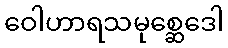
ဝေါဟာရသမုစ္ဆေဒေါ